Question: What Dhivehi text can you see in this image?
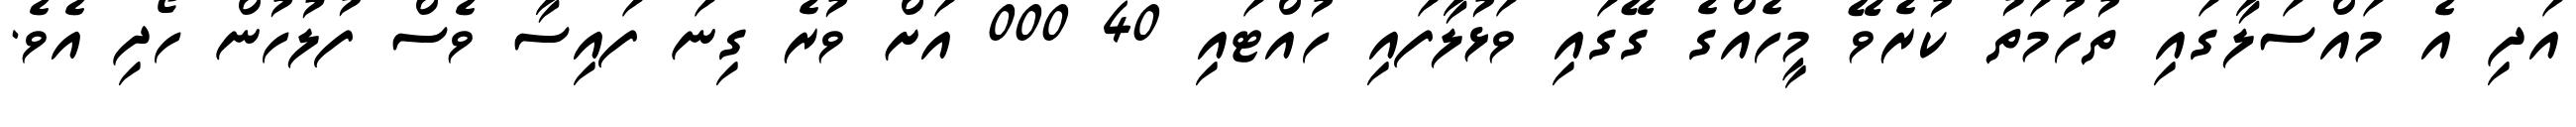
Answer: އަދި އެ މައްސަލާގައި ތުހުމަތު ކުރެވޭ މީހެއްގެ ގޭގައި ވަޅުލާފައި ހުއްޓައި 40 000 އަށް ވުރެ ގިނަ ފައިސާ ވެސް ފުލުހުން ހޯދި އެވެ.